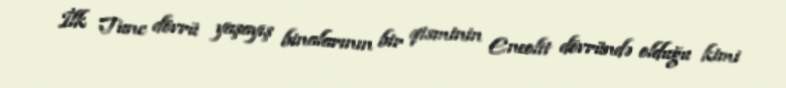
İlk Tunc dövrü yaşayış binalarının bir qisminin Eneolit dövründə olduğu kimi